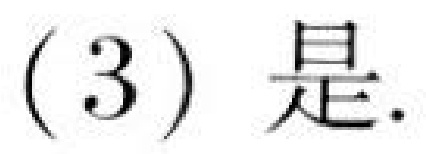
(3) 是.